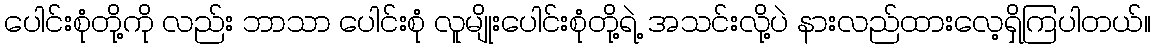
ပေါင်းစုံတို့ကို လည်း ဘာသာ ပေါင်းစုံ လူမျိုးပေါင်းစုံတို့ရဲ့ အသင်းလို့ပဲ နားလည်ထားလေ့ရှိကြပါတယ်။